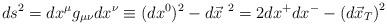
LaTeX: \begin{align*}ds^2=dx^\mu g_{\mu\nu} dx^\nu\equiv (dx^0)^2-{d\vec x}^{~2}=2dx^+ dx^--\left( d\vec x_T\right)^2\end{align*}